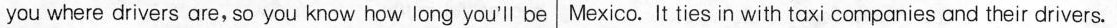
you where drivers are, so you know how long you'll be Mexico. It ties in with taxi companies and their drivers.